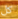
كل